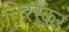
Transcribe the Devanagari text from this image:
तिरस्कर